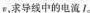
a，求导线中的电流I。